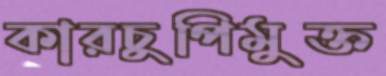
কারচুপিমুক্ত